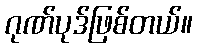
ဂုဏ်ပုဒ်ဖြစ်တယ်။